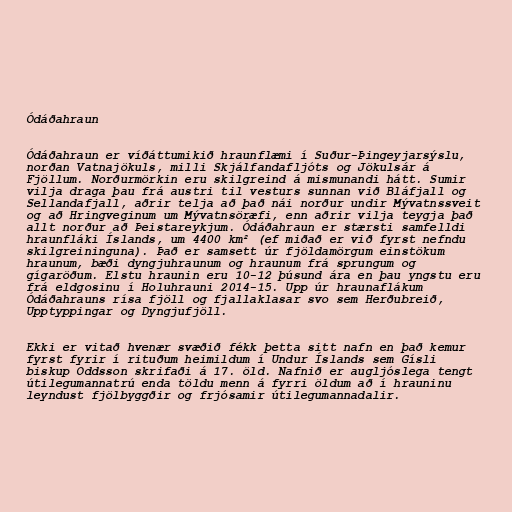
Ódáðahraun

Ódáðahraun er víðáttumikið hraunflæmi í Suður-Þingeyjarsýslu,
norðan Vatnajökuls, milli Skjálfandafljóts og Jökulsár á
Fjöllum. Norðurmörkin eru skilgreind á mismunandi hátt. Sumir
vilja draga þau frá austri til vesturs sunnan við Bláfjall og
Sellandafjall, aðrir telja að það nái norður undir Mývatnssveit
og að Hringveginum um Mývatnsöræfi, enn aðrir vilja teygja það
allt norður að Þeistareykjum. Ódáðahraun er stærsti samfelldi
hraunfláki Íslands, um 4400 km² (ef miðað er við fyrst nefndu
skilgreininguna). Það er samsett úr fjöldamörgum einstökum
hraunum, bæði dyngjuhraunum og hraunum frá sprungum og
gígaröðum. Elstu hraunin eru 10-12 þúsund ára en þau yngstu eru
frá eldgosinu í Holuhrauni 2014-15. Upp úr hraunaflákum
Ódáðahrauns rísa fjöll og fjallaklasar svo sem Herðubreið,
Upptyppingar og Dyngjufjöll.

Ekki er vitað hvenær svæðið fékk þetta sitt nafn en það kemur
fyrst fyrir í rituðum heimildum í Undur Íslands sem Gísli
biskup Oddsson skrifaði á 17. öld. Nafnið er augljóslega tengt
útilegumannatrú enda töldu menn á fyrri öldum að í hrauninu
leyndust fjölbyggðir og frjósamir útilegumannadalir.